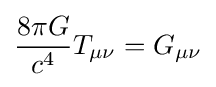
{\frac {8\pi G}{c^{4}}}T_{\mu \nu }=G_{\mu \nu }